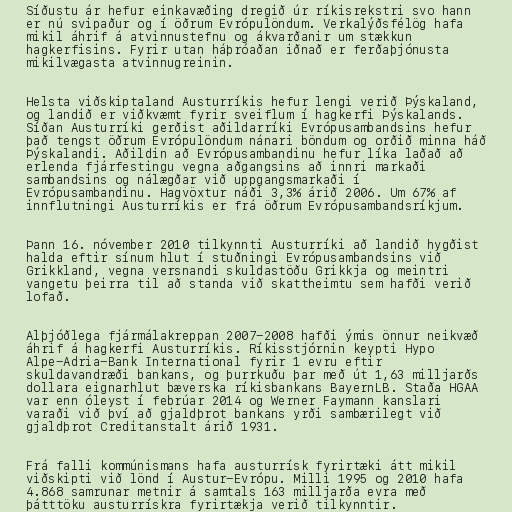
Síðustu ár hefur einkavæðing dregið úr ríkisrekstri svo hann
er nú svipaður og í öðrum Evrópulöndum. Verkalýðsfélög hafa
mikil áhrif á atvinnustefnu og ákvarðanir um stækkun
hagkerfisins. Fyrir utan háþróaðan iðnað er ferðaþjónusta
mikilvægasta atvinnugreinin.

Helsta viðskiptaland Austurríkis hefur lengi verið Þýskaland,
og landið er viðkvæmt fyrir sveiflum í hagkerfi Þýskalands.
Síðan Austurríki gerðist aðildarríki Evrópusambandsins hefur
það tengst öðrum Evrópulöndum nánari böndum og orðið minna háð
Þýskalandi. Aðildin að Evrópusambandinu hefur líka laðað að
erlenda fjárfestingu vegna aðgangsins að innri markaði
sambandsins og nálægðar við uppgangsmarkaði í
Evrópusambandinu. Hagvöxtur náði 3,3% árið 2006. Um 67% af
innflutningi Austurríkis er frá öðrum Evrópusambandsríkjum.

Þann 16. nóvember 2010 tilkynnti Austurríki að landið hygðist
halda eftir sínum hlut í stuðningi Evrópusambandsins við
Grikkland, vegna versnandi skuldastöðu Grikkja og meintri
vangetu þeirra til að standa við skattheimtu sem hafði verið
lofað.

Alþjóðlega fjármálakreppan 2007-2008 hafði ýmis önnur neikvæð
áhrif á hagkerfi Austurríkis. Ríkisstjórnin keypti Hypo
Alpe-Adria-Bank International fyrir 1 evru eftir
skuldavandræði bankans, og þurrkuðu þar með út 1,63 milljarðs
dollara eignarhlut bæverska ríkisbankans BayernLB. Staða HGAA
var enn óleyst í febrúar 2014 og Werner Faymann kanslari
varaði við því að gjaldþrot bankans yrði sambærilegt við
gjaldþrot Creditanstalt árið 1931.

Frá falli kommúnismans hafa austurrísk fyrirtæki átt mikil
viðskipti við lönd í Austur-Evrópu. Milli 1995 og 2010 hafa
4.868 samrunar metnir á samtals 163 milljarða evra með
þátttöku austurrískra fyrirtækja verið tilkynntir.